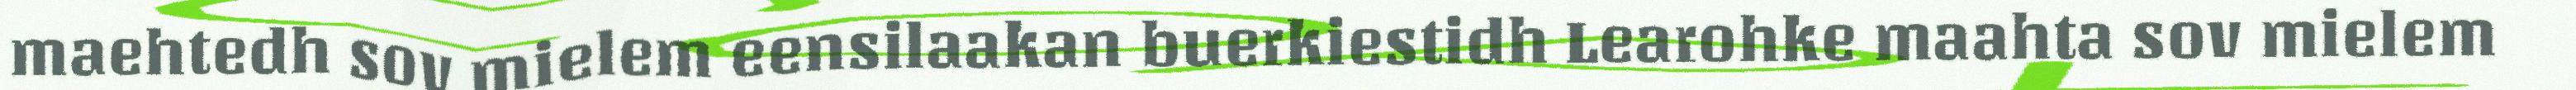
maehtedh sov mielem eensilaakan buerkiestidh Learohke maahta sov mielem